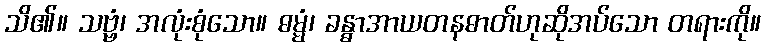
သိ၏။ သဗ္ဗံ၊ အလုံးစုံသော။ ဓမ္မံ၊ ခန္ဓာအာယတနဓာတ်ဟုဆိုအပ်သော တရားကို။